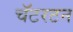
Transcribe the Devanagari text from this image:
चॅटरटन